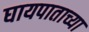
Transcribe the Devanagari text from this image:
घायपाताच्या